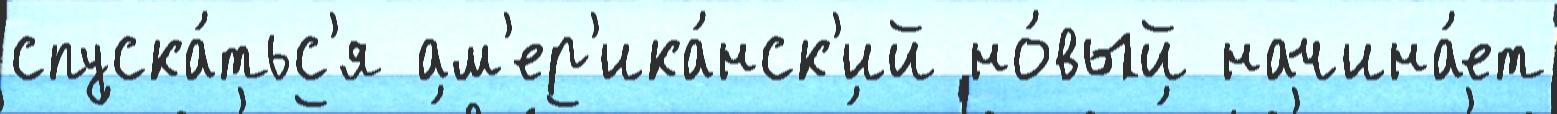
спуска́тьс'я ам'ер'ика́нск'ий но́вый начина́ет